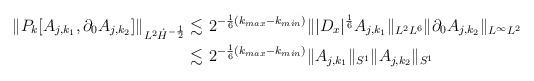
LaTeX: \begin{align*}\| P_k [A_{j,k_1}, \partial_0 A_{j,k_2}]\|_{L^2 \dot H^{-\frac12}} \lesssim & \ 2^{-\frac16 (k_{max} - k_{min})} \| |D_x|^\frac16 A_{j,k_1}\|_{L^2 L^6} \| \partial_0 A_{j,k_2} \|_{L^\infty L^2} \\ \lesssim & \ 2^{-\frac16 (k_{max} - k_{min})} \|A_{j,k_1}\|_{S^1} \| A_{j,k_2} \|_{S^1}\end{align*}